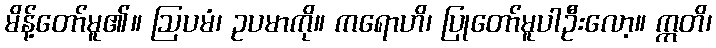
မိန့်တော်မူ၏။ ဩပမံ၊ ဥပမာကို။ ကရောဟိ၊ ပြုတော်မူပါဦးလော့။ ဣတိ၊